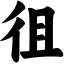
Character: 徂